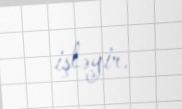
işləyir.